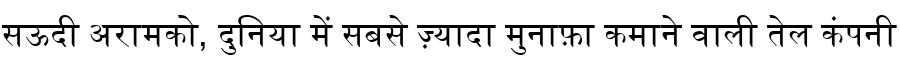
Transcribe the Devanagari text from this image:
सऊदी अरामको, दुनिया में सबसे ज़्यादा मुनाफ़ा कमाने वाली तेल कंपनी